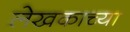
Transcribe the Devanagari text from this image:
लेखकाच्‍या